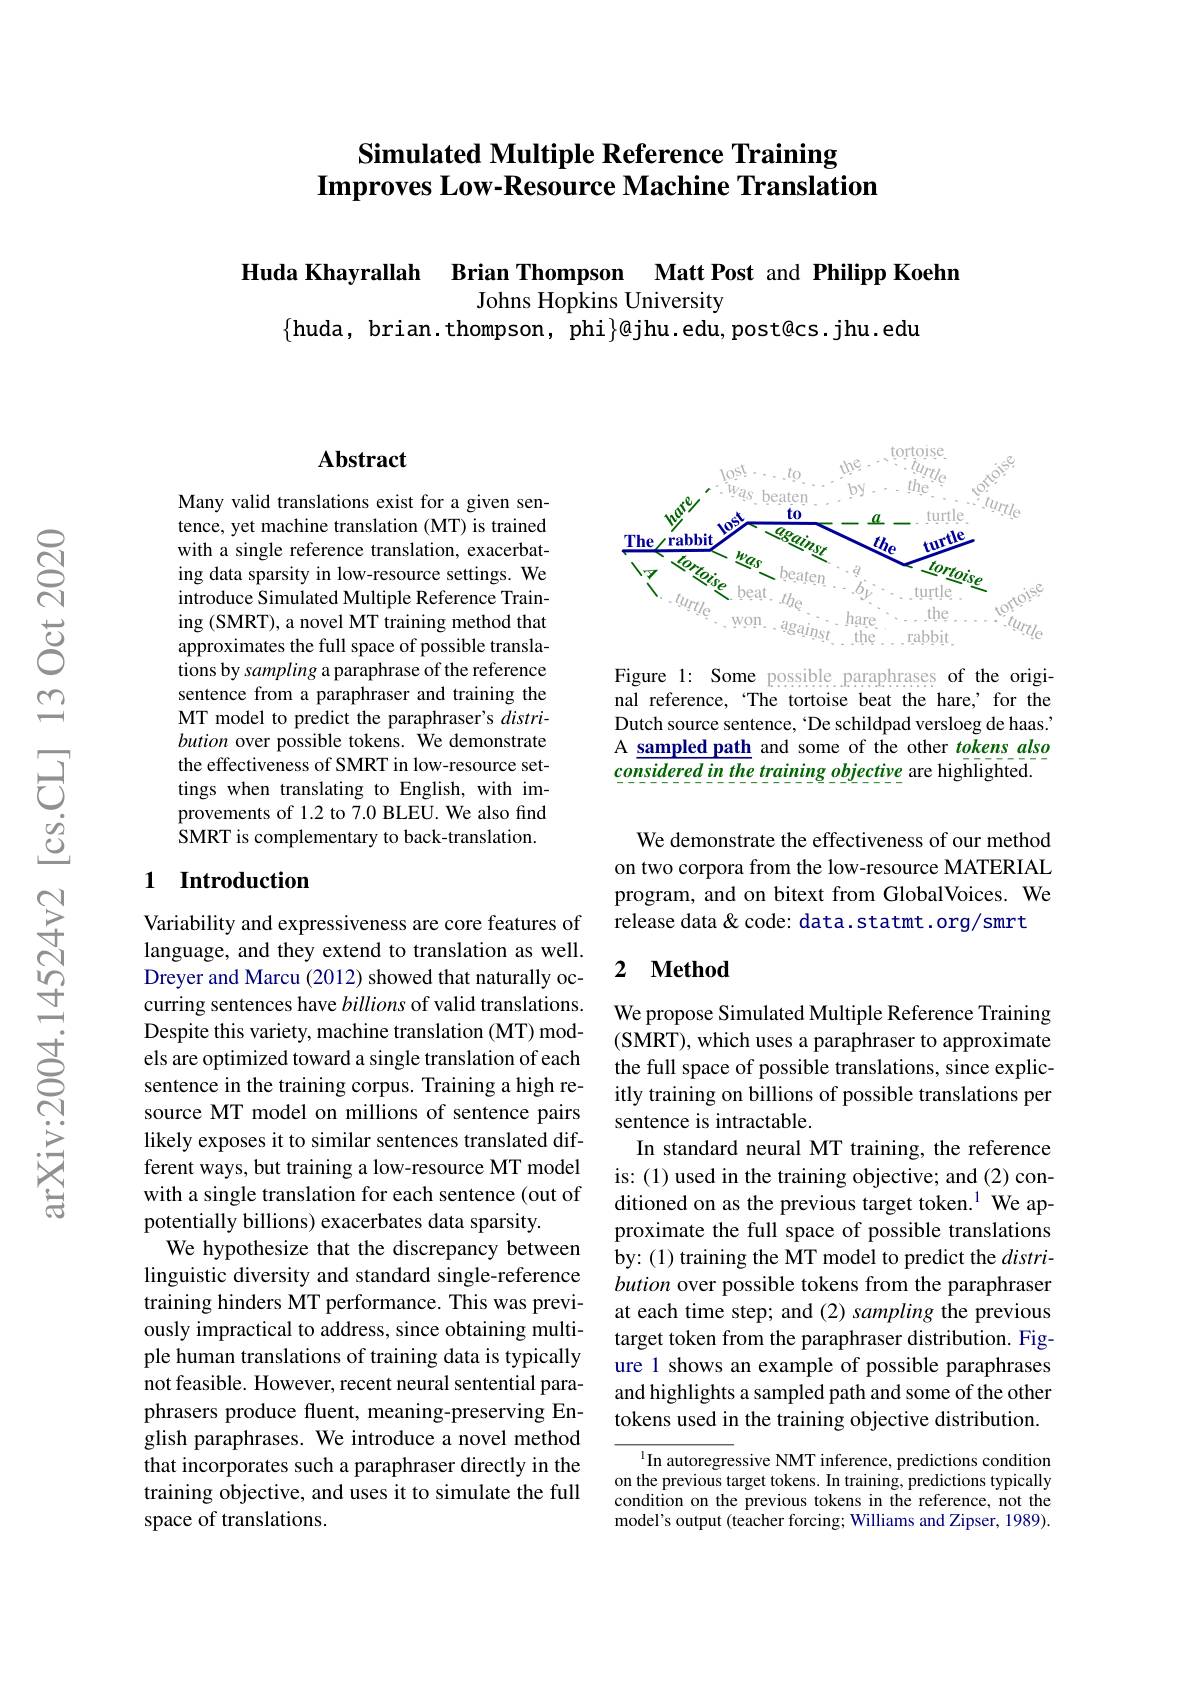
# Simulated Multiple Reference Training Improves Low-Resource Machine Translation

Huda Khayrallah Brian Thompson Matt Post and Philipp Koehn
Johns Hopkins University
$\{$huda, brian.thompson, phi$\}\dot\text{@jhu.edu,post@cs.jhu.edu}$

### $\mathbf{Abstract}$

Many valid translations exist for a given sentence, yet machine translation (MT) is trained with a single reference translation, exacerbating data sparsity in low-resource settings. We introduce Simulated Multiple Reference Training (SMRT), a novel MT training method that approximates the full space of possible translations by sampling a paraphrase of the reference sentence from a paraphraser and training the MT model to predict the paraphraser's $distri-$ bution over possible tokens. We demonstrate the effectiveness of SMRT in low-resource settings when translating to English, with improvements of 1.2 to 7.0 BLEU. We also find SMRT is complementary to back-translation.

### 1 Introduction

Variability and expressiveness are core features of language, and they extend to translation as well. Dreyer and Marcu (2012) showed that naturally occurring sentences have billions of valid translations. Despite this variety, machine translation (MT) models are optimized toward a single translation of each sentence in the training corpus. Training a high resource MT model on millions of sentence pairs likely exposes it to similar sentences translated different ways, but training a low-resource MT model potentially billions) exacerbates data sparsity.
We hypothesize that the discrepancy between linguistic diversity and standard single-reference training hinders MT performance. This was previously impractical to address, since obtaining multiple human translations of training data is typically not feasible. However, recent neural sentential paraphrasers produce fluent, meaning-preserving English paraphrases. We introduce a novel method that incorporates such a paraphraser directly in the training objective, and uses it to simulate the full space of translations.

<FigureHere>

Figure 1: Some possible paraphrases of the original reference, ‘The tortoise beat the hare,’ for the Dutch source sentence, 'De schildpad versloeg de haas. A sampled path and some of the other tokens also considered in the training objective are highlighted.

We demonstrate the effectiveness of our method on two corpora from the low-resource MATERIAL program, and on bitext from GlobalVoices. We release data & code: data.statmt. org/smrt

## 2 $\textbf{Method}$

We propose Simulated Multiple Reference Training (SMRT), which uses a paraphraser to approximate the full space of possible translations, since explicitly training on billions of possible translations per sentence is intractable.
In standard neural MT training, the reference is:(1) used in the training objective; and (2) con-
with a single translation for each sentence (out of ditioned on as the previous target token.$^1$ We ap-
proximate the full space of possible translations by: (1) training the MT model to predict the $distri-$ bution over possible tokens from the paraphraser at each time step; and (2) sampling the previous target token from the paraphraser distribution. Figure 1 shows an example of possible paraphrases and highlights a sampled path and some of the other tokens used in the training objective distribution.

$^{1}$In autoregressive NMT inference, predictions condition on the previous target tokens. In training, predictions typically condition on the previous tokens in the reference, not the model's output (teacher forcing; Williams and Zipser, 1989).